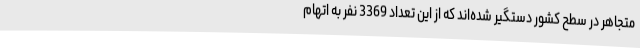
متجاهر در سطح کشور دستگیر شده‌اند که از این تعداد 3369 نفر به اتهام